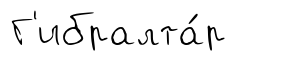
Г'ибралта́р